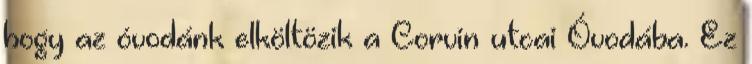
hogy az óvodánk elköltözik a Corvin utcai Óvodába. Ez